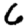
Digit: 6